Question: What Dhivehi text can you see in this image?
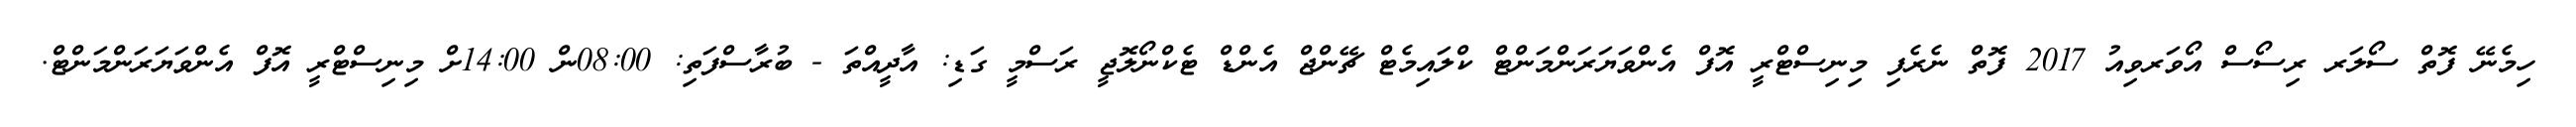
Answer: ހިމެނޭ ފޮތް ސޯލަރ ރިސޯސް އޯވަރވިއު 2017 ފޮތް ނެރެފި މިނިސްޓްރީ އޮފް އެންވަޔަރަންމަންޓް ކްލައިމެޓް ޗޭންޖް އެންޑް ޓެކްނޯލޮޖީ ރަސްމީ ގަޑި: އާދީއްތަ - ބުރާސްފަތި: 08:00ން 14:00ށް މިނިސްޓްރީ އޮފް އެންވަޔަރަންމަންޓް.